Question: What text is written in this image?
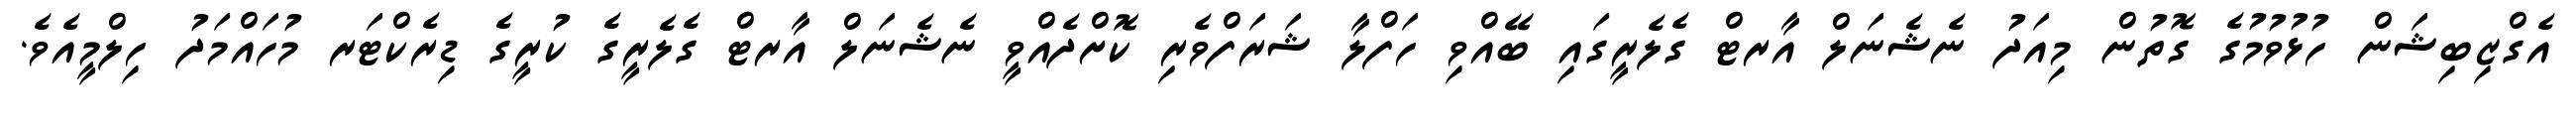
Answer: އެގްޒިބިޝަން ހުޅުވުމުގެ ގޮތުން މިއަދު ނެޝެނަލް އާރޓް ގެލެރީގައި ބޭއްވި ހަފްލާ ޝަރަފްވެރި ކޮށްދެއްވީ ނެޝެނަލް އާރޓް ގެލެރީގެ ކުރީގެ ޑިރެކްޓަރ މުހައްމަދު ހިލްމީއެވެ.